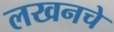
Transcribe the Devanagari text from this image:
लखनचे